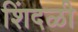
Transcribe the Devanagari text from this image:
शिंदळी